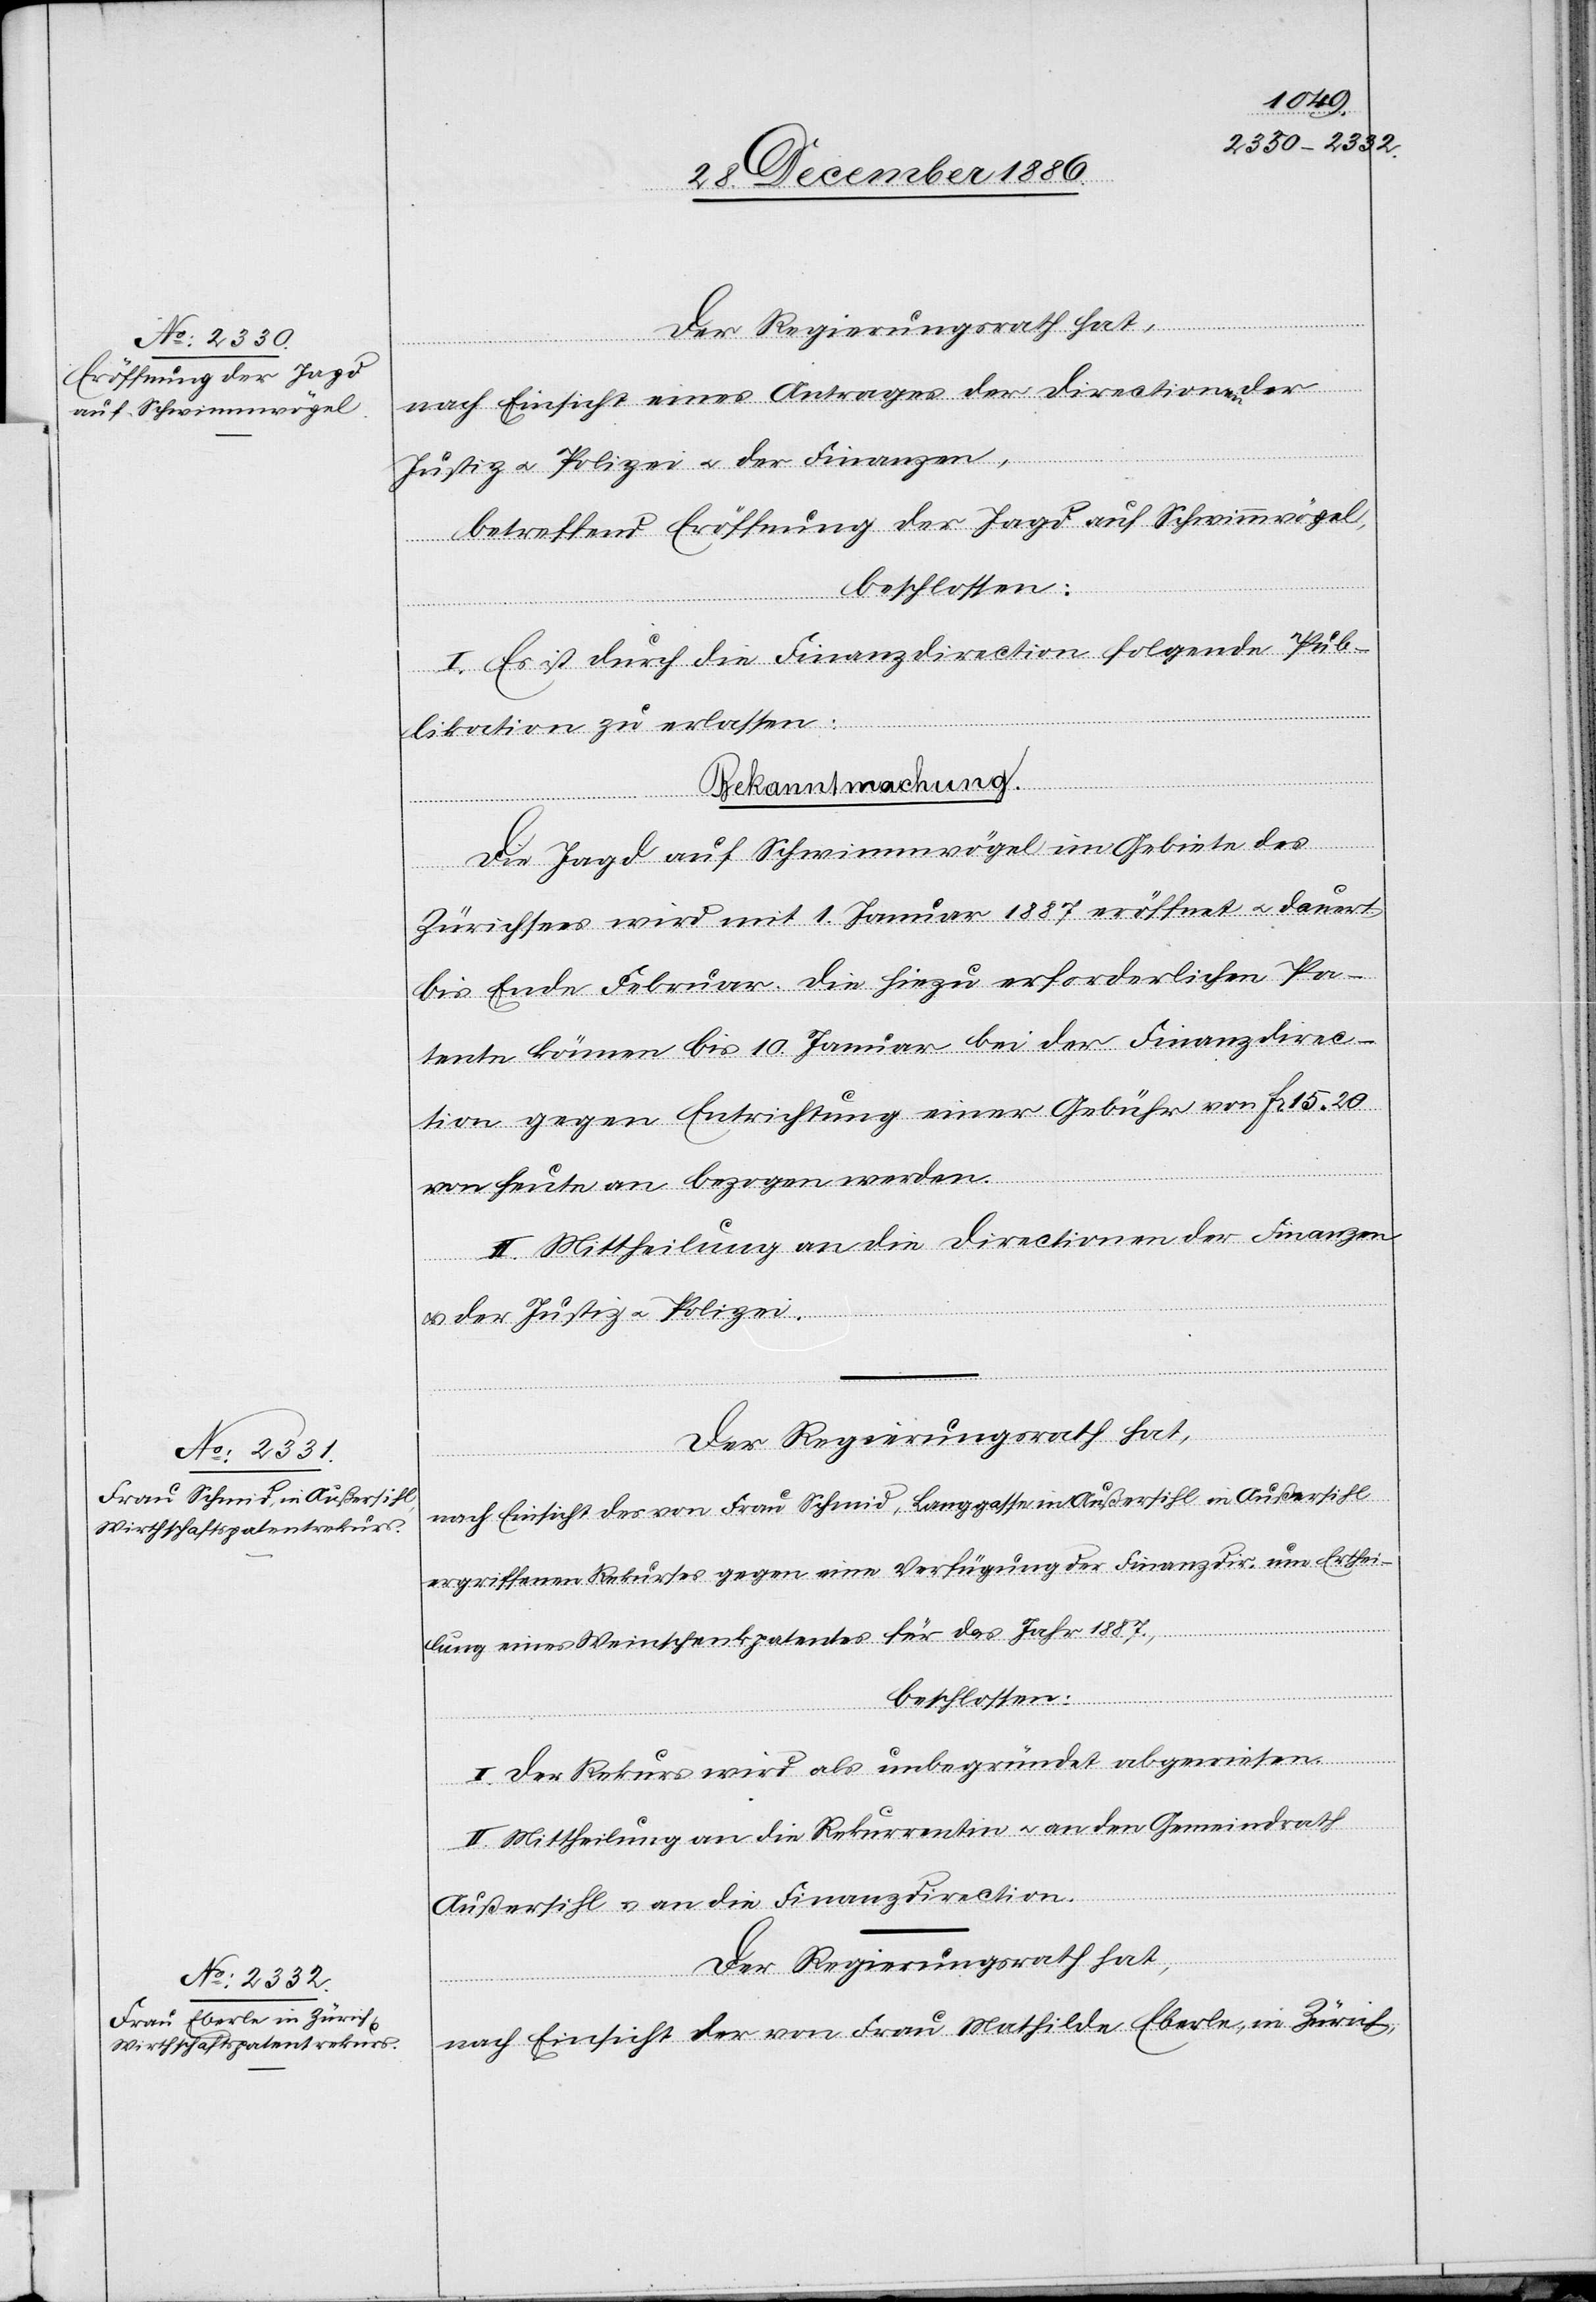
nach Einsicht eines Antrages der Directionen der
Justiz & Polizei & der Finanzen,
betreffend Eröffnung der Jagd auf Schwimmvögel,
beschlossen:
I. Es ist durch die Finanzdirection folgende Pub¬
Eberle, in Zürich,
likation zu erlassen:
Bekanntmachung.
Die Jagd auf Schwimmvögel im Gebiete des
Zürichsees wird mit 1. Januar 1887 eröffnet & dauert
bis Ende Februar. Die hiezu erforderlichen Pa¬
tente können bis 10. Januar bei der Finanzdirec¬
tion gegen Entrichtung einer Gebühr von Fr. 15 20
von heute an bezogen werden.
II. Mittheilung an die Directionen der Finanzen
& der Justiz & Polizei.
Der Regierungsrath hat,
nach Einsicht des von Frau Schmid, Langgasse in Außersihl in Außersihl
ergriffenen Rekurses gegen eine Verfügung der Finanzdir. um Erthei¬
lung eines Weinschenkpatentes für das Jahr 1887,
beschlossen:
Mathilde
I. Der Rekurs wird als unbegründet abgewiesen.
II. Mittheilung an die Rekurrentin & an den Gemeindrath
Außersihl & an die Finanzdirection.
Der Regierungsrath hat,